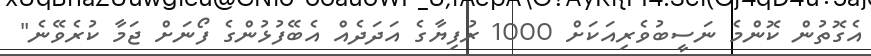
އެގޮތުން ކޮންމެ ނަސީބުވެރިއަކަށް 1000 ރުފިޔާގެ އަދަދެއް އެބޭފުޅުންގެ ފޯނަށް ޖަމާ ކުރެވޭނެ"